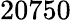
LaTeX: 20750